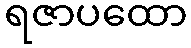
ရဇာပထော